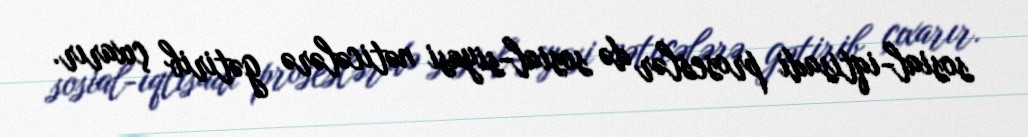
sosial-iqtisadi proseslər də sosial-siyasi nəticələrə gətirib çıxarır.